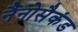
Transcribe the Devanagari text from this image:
नैनोसैकंड